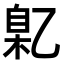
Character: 𬼯